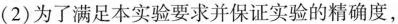
(2)为了满足本实验要求并保证实验的精确度，